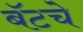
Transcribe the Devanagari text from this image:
बॅटचे